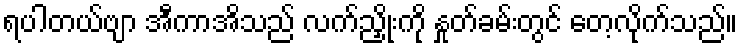
ရပါတယ်ဗျာ အီကာအိသည် လက်ညှိုးကို နှုတ်ခမ်းတွင် တေ့လိုက်သည်။